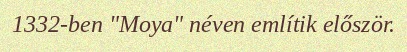
1332-ben "Moya" néven említik először.